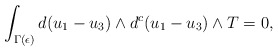
\begin{align*}\int_{\Gamma(\epsilon)}d(u_1-u_3)\wedge d^c(u_1-u_3)\wedge T=0,\end{align*}